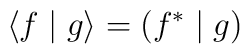
\left\langle f\mid g\right\rangle =\left( f^{*}\mid g\right)